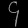
Digit: ၄